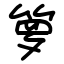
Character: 箩